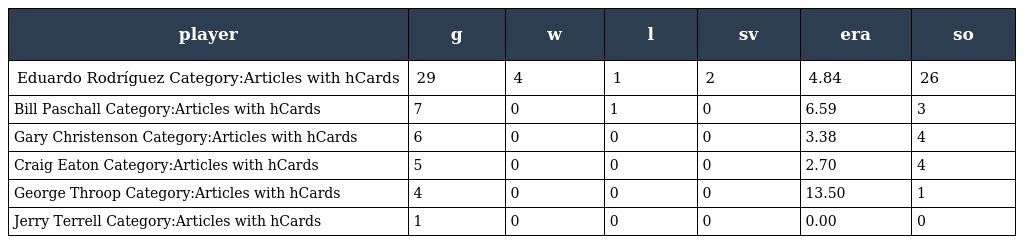
| player | g | w | l | sv | era | so |
 | --- | --- | --- | --- | --- | --- | --- |
 | Eduardo Rodríguez Category:Articles with hCards | 29 | 4 | 1 | 2 | 4.84 | 26 |
 | Bill Paschall Category:Articles with hCards | 7 | 0 | 1 | 0 | 6.59 | 3 |
 | Gary Christenson Category:Articles with hCards | 6 | 0 | 0 | 0 | 3.38 | 4 |
 | Craig Eaton Category:Articles with hCards | 5 | 0 | 0 | 0 | 2.70 | 4 |
 | George Throop Category:Articles with hCards | 4 | 0 | 0 | 0 | 13.50 | 1 |
 | Jerry Terrell Category:Articles with hCards | 1 | 0 | 0 | 0 | 0.00 | 0 |